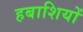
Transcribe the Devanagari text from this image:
हबाशियों